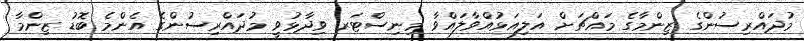
މުދައްރިސުންގެ ޒިންމާގެ މައްޗަށް އަލިއަޅުއްވާލައްވާ މިނިސްޓަރ ވިދާޅުވީ މުދައްރިސުންގެ އެންމެ ބޮޑު ޒިންމާ